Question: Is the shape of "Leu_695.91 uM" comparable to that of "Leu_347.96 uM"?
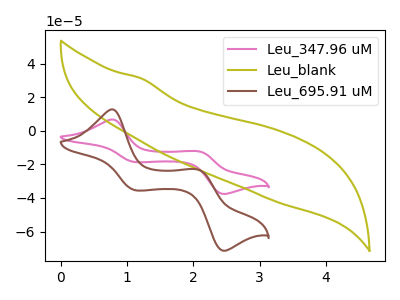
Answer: <think>The pink curve "Leu_347.96 uM" has anodic peaks at (0.75V, 6.70uA) (2.05V, -12.20uA) and cathodic peaks at (1.15V, -18.65uA) (2.45V, -37.60uA). The olive curve "Leu_blank" has no peaks. The brown curve "Leu_695.91 uM" has anodic peaks at (0.75V, 12.75uA) (2.05V, -23.15uA) and cathodic peaks at (1.15V, -35.45uA) (2.45V, -71.40uA).
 All the peaks in "Leu_695.91 uM" have a peak in "Leu_347.96 uM" at the same potential.</think>
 <answer>"Leu_695.91 uM" and "Leu_347.96 uM" are similar in shape.</answer>
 <eval>same_shape</eval>